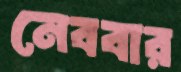
নেববার